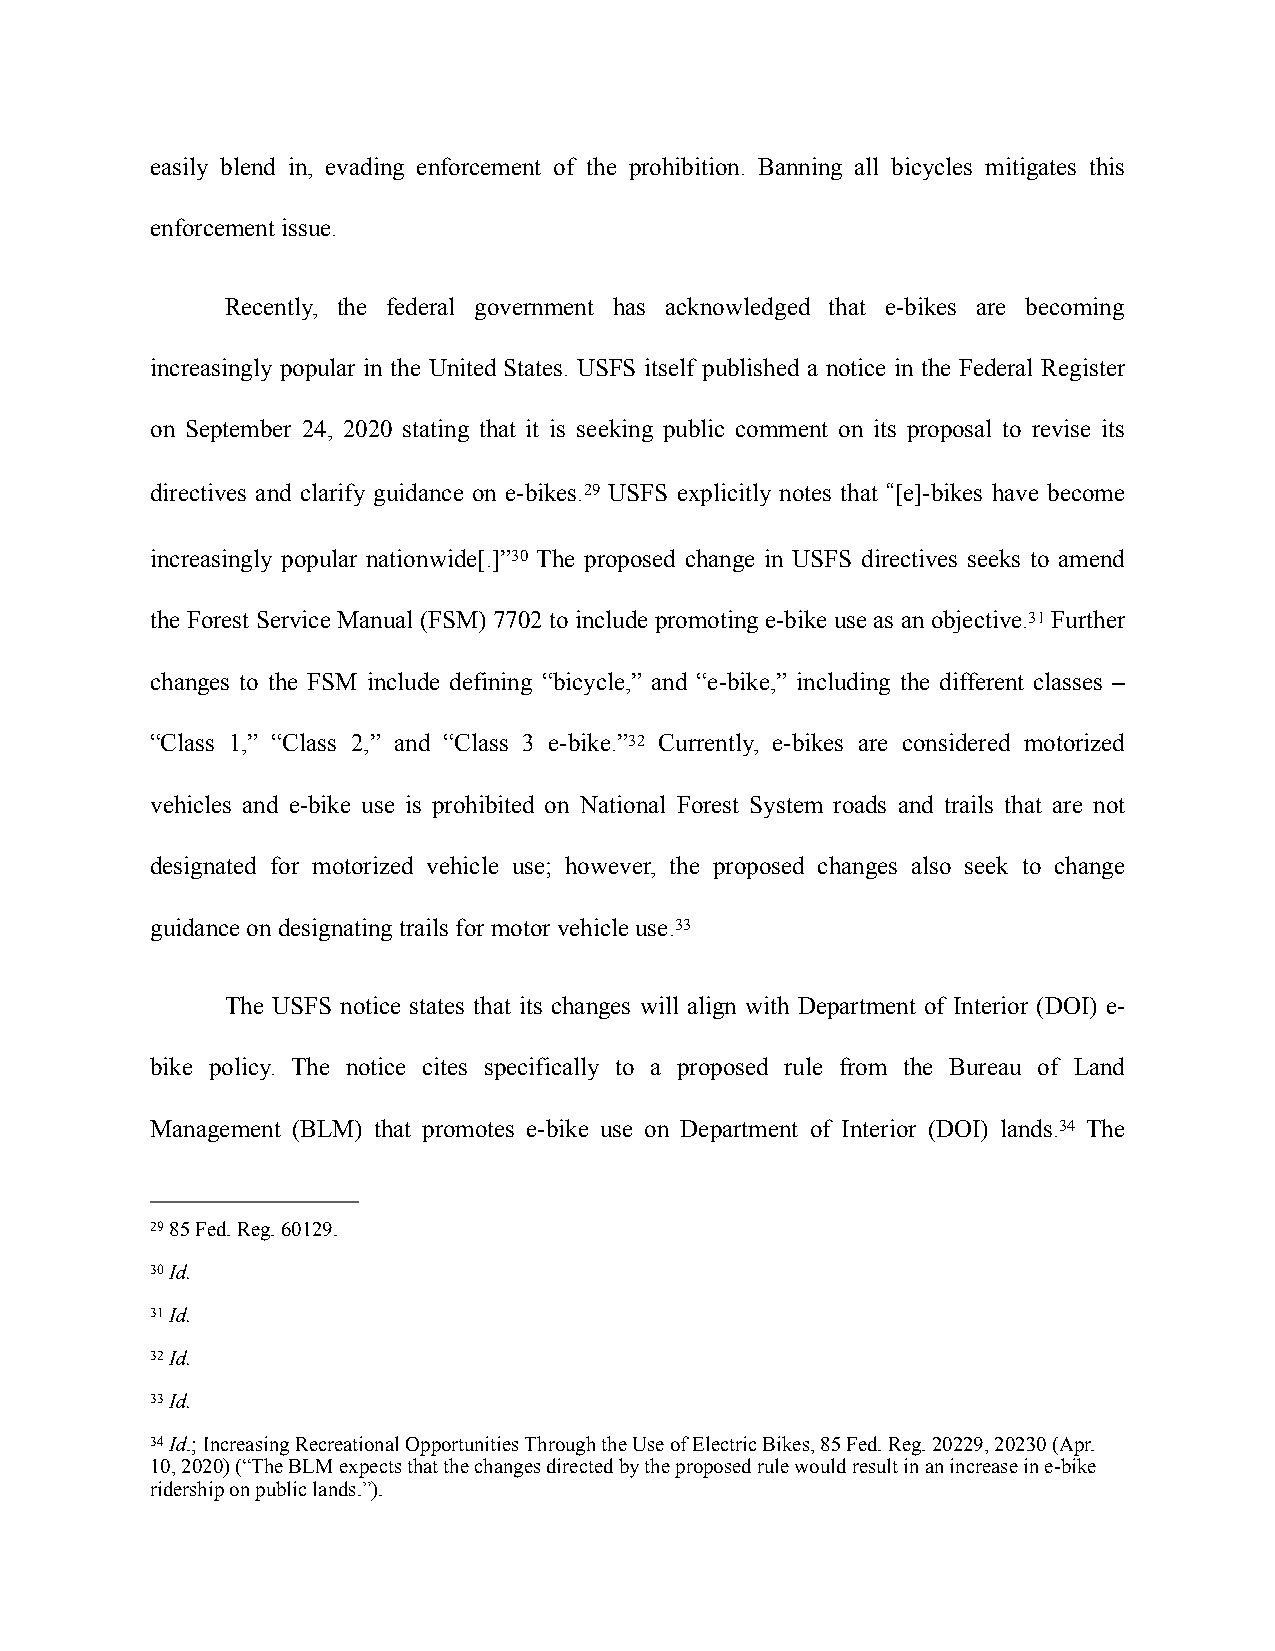
easily blend in, evading enforcement of the prohibition. Banning all bicycles mitigates this
 enforcement issue.
 Recently, the federal government has acknowledged that e-bikes are becoming
 increasingly popular in the United States. USFS itself published a notice in the Federal Register
 on September 24, 2020 stating that it is seeking public comment on its proposal to revise its
 directives and clarify guidance on e-bikes.29 USFS explicitly notes that “[e]-bikes have become
 increasingly popular nationwide[.]”30 The proposed change in USFS directives seeks to amend
 the Forest Service Manual (FSM) 7702 to include promoting e-bike use as an objective.31 Further
 changes to the FSM include defining “bicycle,” and “e-bike,” including the different classes –
 “Class 1,” “Class 2,” and “Class 3 e-bike.”32 Currently, e-bikes are considered motorized
 vehicles and e-bike use is prohibited on National Forest System roads and trails that are not
 designated for motorized vehicle use; however, the proposed changes also seek to change
 guidance on designating trails for motor vehicle use.33
 The USFS notice states that its changes will align with Department of Interior (DOI) e-
 bike policy. The notice cites specifically to a proposed rule from the Bureau of Land
 Management (BLM) that promotes e-bike use on Department of Interior (DOI) lands.34 The
 29 85 Fed. Reg. 60129.
 30 Id.
 31 Id.
 32 Id.
 33 Id.
 34 Id.; Increasing Recreational Opportunities Through the Use of Electric Bikes, 85 Fed. Reg. 20229, 20230 (Apr.
 10, 2020) (“The BLM expects that the changes directed by the proposed rule would result in an increase in e-bike
 ridership on public lands.”).